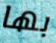
بها